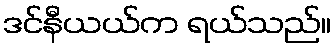
ဒင်နီယယ်က ရယ်သည်။